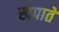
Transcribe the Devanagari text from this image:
खपाते